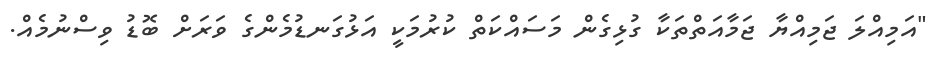
"އަމިއްލަ ޖަމިއްޔާ ޖަމާއަތްތަކާ ގުޅިގެން މަސައްކަތް ކުރުމަކީ އަޅުގަނޑުމެންގެ ވަރަށް ބޮޑު ވިސްނުމެއް.